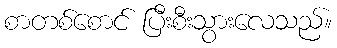
စာတစ်စောင် ပြီးစီးသွားလေသည်။